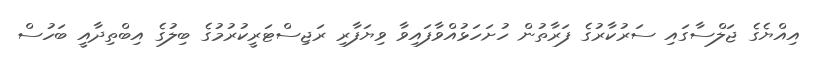
އިއްޔެގެ ޖަލްސާގައި ސަރުކާރުގެ ފަރާތުން ހުށަހަޅުއްވާފައިވާ ވިޔަފާރި ރަޖިސްޓަރީކުރުމުގެ ބިލުގެ އިބްތިދާއީ ބަހުސް